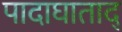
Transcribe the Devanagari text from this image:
पादाघाताद्